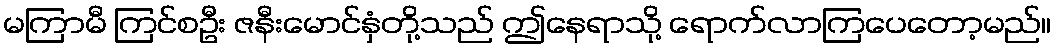
မကြာမီ ကြင်စဦး ဇနီးမောင်နှံတို့သည် ဤနေရာသို့ ရောက်လာကြပေတော့မည်။